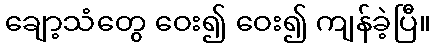
ချော့သံတွေ ဝေး၍ ဝေး၍ ကျန်ခဲ့ပြီ။